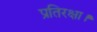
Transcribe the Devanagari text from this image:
प्रतिरक्षा।